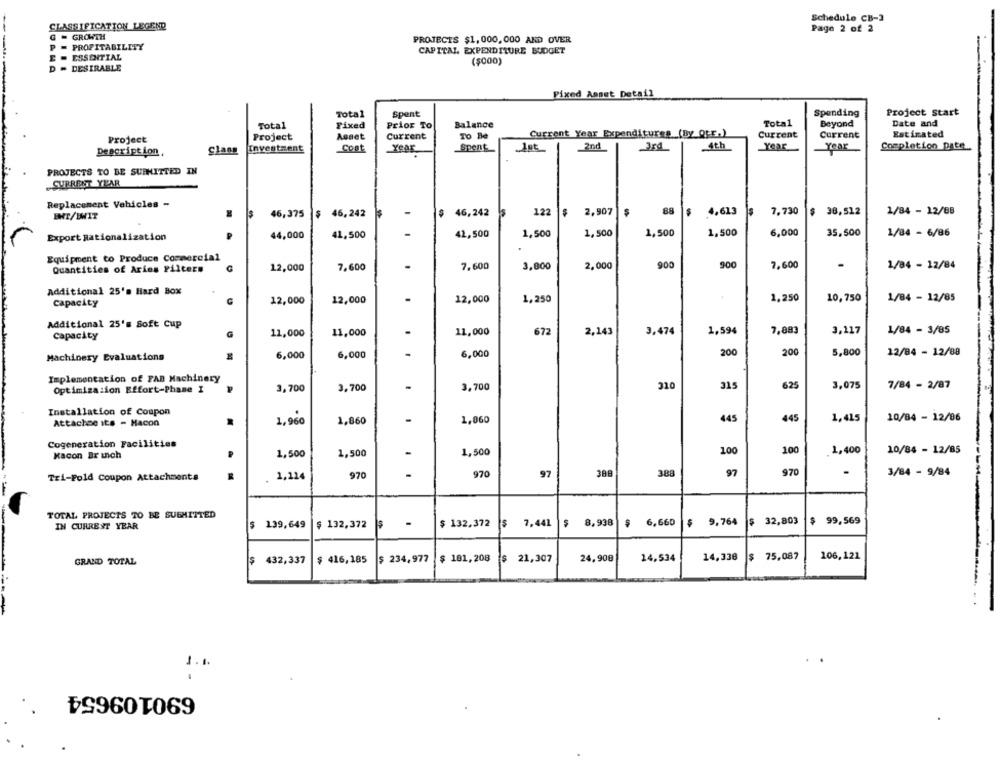
Schedule CB-3
CLASSIFICATION LEGEND
Page 2 of 2
G = GROWTH
PROJECTS $1,000,000 AND OVER
P = PROFITABILITY
CAPITAL EXPENDITURE BUDGET
E - ESSENTIAL
($000)
D - DESIRABLE
Fixed Annet Detail
Total
Spent
Spending
Project Start
Total
Beyond
Date and
Total
Fixed
Prior To
Balance
Project
Asset
Current
To Be
Current Year Expenditures (By Qtr.)
Current
Current
Estimated
Project
4th
Year
Description
Clans
Investment
Cost
Year
Spent
2nd
Year
Completion pate
PROJECTS TO BE SUBMITTED IN
CURRENT YEAR
Replacement Vehicles -
$
46,375
$ 46,242
-
$ 46,242
Is
122
2,907
88
$ 4,613
7.730
$ 38,512
1/84 - 12/88
ENT/IWIT
Export Rationalization
44,000
41,500
42,500
1,500
1,500
1,500
1,500
6,000
35.500
1/84 - 6/86
Equipment to Produce Commercial
Quantities of Aries Filters
12,000
7.600
7.600
3,800
2,000
900
900
7,600
-
1/84 - 12/84
Additional 25's Hard Box
12,000
1,250
2,250
10,750
1/84 - 12/85
Capacity
12,000
12,000
Additional 25's Soft Cup
7,883
1/84 - 3/85
Capacity
G
11,000
11,000
11,000
672
2,143
3,474
1,594
3,117
200
200
5,800
12/84 - 12/88
Machinery Evaluations
6,000
6,000
6,000
Implementation of FAB Machinery
Optimization Effort-Phase I
3,700
3,700
.
3.700
310
315
625
3,075
7/84 - 2/87
Installation of Coupon
1,960
1,860
1,860
445
445
1,415
10/84 - 12/06
Attachse Its - Hacon
Cogeneration Facilities
1,500
1,500
100
100
1,400
10/84 - 12/85
Kacon Dr inch
1,500
970
970
97
388
388
97
970
3/84 - 9/84
Tri-Fold Coupon Attachments
1,214
TOTAL PROJECTS TO BE SUBMITTED
$ 9,764 $ 32,803 $ 99,569
IN CURREST YEAR
$ 139,649 $ 132,372
$ 132.372
$ 7,441 $ 8,938
$ 6,660
$ 432,337 $ 416, 185 $ 234, 977 $ 181,208 $ 21,307
14,534
14,338
75,087
106,121
GRAND TOTAL
24,908
1.1.
690109654